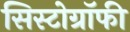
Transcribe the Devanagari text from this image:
सिस्टोग्रॉफी